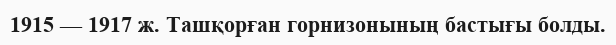
1915 — 1917 ж. Ташқорған горнизонының бастығы болды.